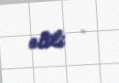
etdi .